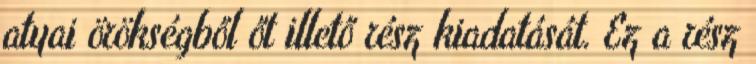
atyai örökségből őt illető rész kiadatását. Ez a rész